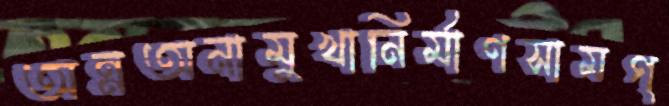
অন্নঅনামুখানির্মাণসামগ্